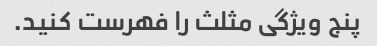
پنج ویژگی مثلث را فهرست کنید.